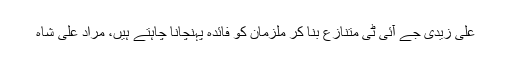
علی زیدی جے آئی ٹی متنازع بنا کر ملزمان کو فائدہ پہنچانا چاہتے ہیں، مراد علی شاہ